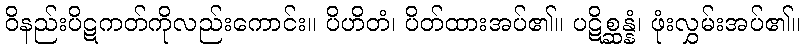
ဝိနည်းပိဋကတ်ကိုလည်းကောင်း။ ပိဟိတံ၊ ပိတ်ထားအပ်၏။ ပဋိစ္ဆန္နံ၊ ဖုံးလွှမ်းအပ်၏။